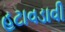
હટાવડાવી